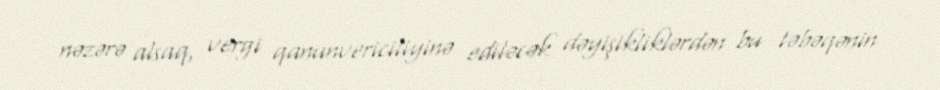
nəzərə alsaq, vergi qanunvericiliyinə ediləcək dəyişikliklərdən bu təbəqənin